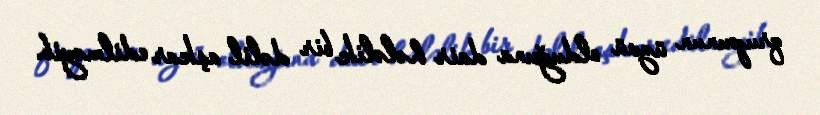
qrupunun üzvü olduğuna dair hələlik bir dəlil aşkar edilməyib.